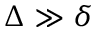
\Delta \gg \delta